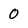
Character: 0